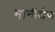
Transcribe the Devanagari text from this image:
मानीखेज